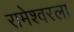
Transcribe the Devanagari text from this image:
रामेश्वरला